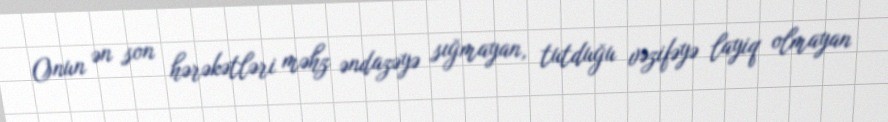
Onun ən son hərəkətləri məhz əndazəyə sığmayan, tutduğu vəzifəyə layiq olmayan